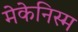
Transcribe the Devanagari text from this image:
मेकेनिस्म